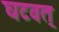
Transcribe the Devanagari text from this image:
घटवत्